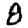
Digit: 8